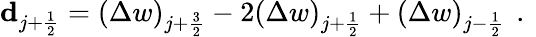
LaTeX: \mathbf{d}_{j+\frac{1}{2}}=\left(\Delta w\right)_{j+\frac{3}{2}}-2\left(\Delta w\right)_{j+\frac{1}{2}}+\left(\Delta w\right)_{j-\frac{1}{2}}\, \mathrm{~.~}